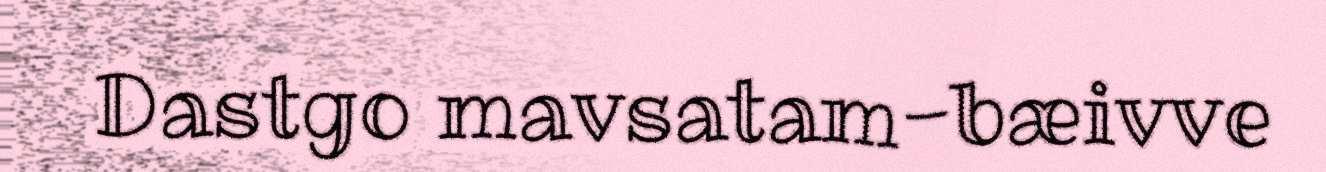
Dastgo mavsatam-bæivve